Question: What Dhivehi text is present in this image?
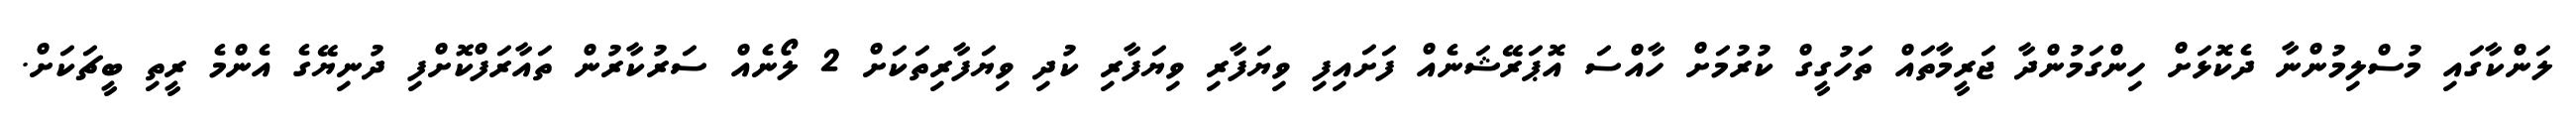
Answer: ލަންކާގައި މުސްލިމުންނާ ދެކޮޅަށް ހިންގަމުންދާ ޖަރީމާތައް ތަހުގީގް ކުރުމަށް ހާއްސަ އޮޕަރޭޝަނެއް ފަށައިފި ވިޔަފާރި ވިޔަފާރި ކުދި ވިޔަފާރިތަކަށް 2 ލޯނެއް ސަރުކާރުން ތައާރަފްކޮށްފި ދުނިޔޭގެ އެންމެ ރީތި ބީޗަކަށް.